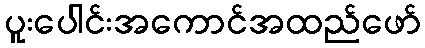
ပူးပေါင်းအကောင်အထည်ဖော်